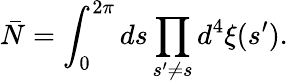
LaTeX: \bar{N}=\int_{0}^{2\pi}ds\prod_{s^{\prime}\neq s}d^{4}\xi(s^{\prime}).